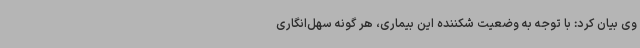
وی بیان کرد: با توجه به وضعیت شکننده این بیماری، هر گونه سهل‌انگاری